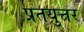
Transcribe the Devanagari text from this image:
प्रतयुत्तर